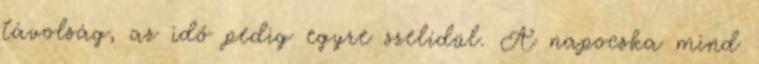
távolság, az idő pedig egyre szelídül. A napocska mind